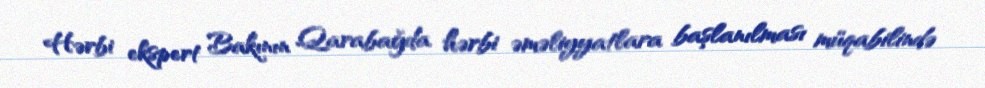
Hərbi ekspert Bakının Qarabağda hərbi əməliyyatlara başlanılması müqabilində